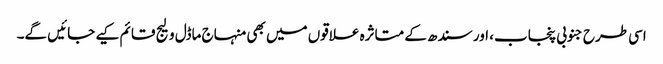
اسی طرح جنوبی پنجاب، اور سندھ کے متاثرہ علاقوں میں بھی منہاج ماڈل ولیج قائم کیے جائیں گے۔